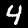
Label: 4